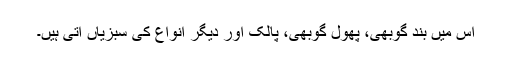
اس میں بند گوبھی، پھول گوبھی، پالک اور دیگر انواع کی سبزیاں آتی ہیں۔